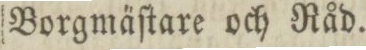
Borgmäſtare och Råd.